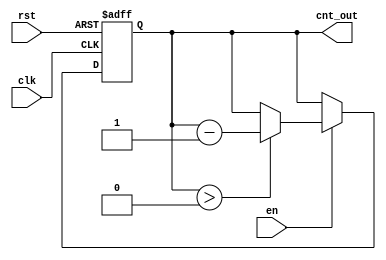
module down_counter_moore #(
    parameter N = 3 // Define the bit-width of the counter (N bits)
) (
    input wire clk,      // Clock signal
    input wire rst,      // Asynchronous reset signal
    input wire en,       // Enable signal
    output reg [N-1:0] cnt_out // Current count output
);

// State register to hold the current count
reg [N-1:0] current_state;

// Asynchronous reset and state transition logic
always @(posedge clk or posedge rst) begin
    if (rst) begin
        // Reset the counter to maximum value (2^N - 1)
        current_state <= (1 << N) - 1; // This is equivalent to 2^N - 1
    end else if (en) begin
        // Decrement the current state if enabled and not at zero
        if (current_state > 0) begin
            current_state <= current_state - 1;
        end
        // If current_state is 0, it remains at 0
    end
end

// Output logic - Moore output depends only on the current state
always @(current_state) begin
    cnt_out = current_state; // Output the current state
end

endmodule